Report on the lunatic asylums in Bengal - 1862-
Year: 1862
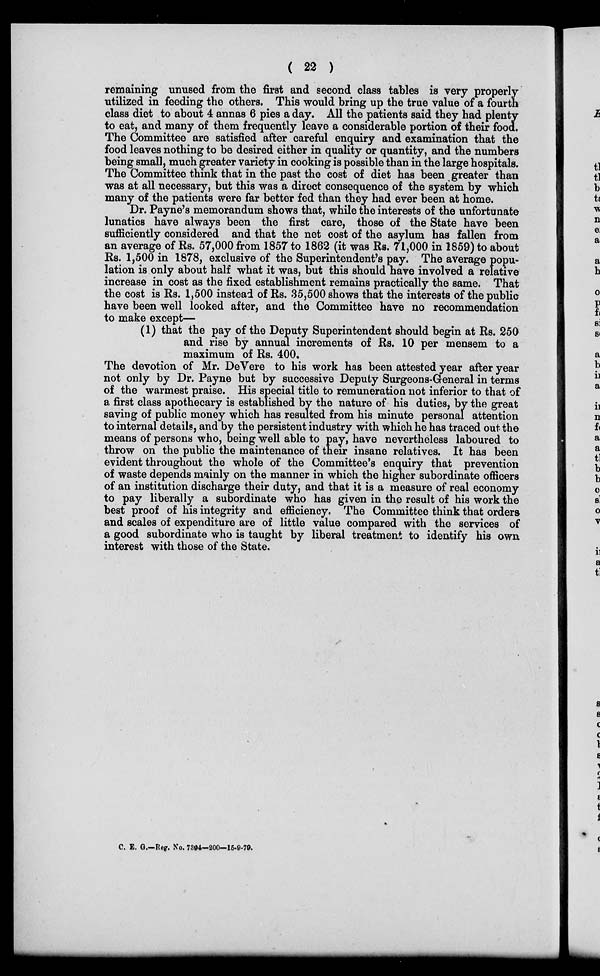
( 22 )
remaining unused from the first and second class tables is very properly
utilized in feeding the others. This would bring up the true value of a fourth
class diet to about 4 annas 6 pies a day. All the patients said they had plenty
to eat, and many of them frequently leave a considerable portion of their food.
The Committee are satisfied after careful enquiry and examination that the
food leaves nothing to be desired either in quality or quantity, and the numbers
being small, much greater variety in cooking is possible than in the large hospitals.
The Committee think that in the past the cost of diet has been greater than
was at all necessary, but this was a direct consequence of the system by which
many of the patients were far better fed than they had ever been at home.
Dr. Payne's memorandum shows that, while the interests of the unfortunate
lunatics have always been the first care, those of the State have been
sufficiently considered and that the net cost of the asylum has fallen from
an average of Rs. 57,000 from 1857 to 1862 (it was Rs. 71,000 in 1859) to about
Rs. 1,500 in 1878, exclusive of the Superintendent's pay. The average popu-
lation is only about half what it was, but this should have involved a relative
increase in cost as the fixed establishment remains practically the same. That
the cost is Rs. 1,500 instead of Rs. 35,500 shows that the interests of the public
have been well looked after, and the Committee have no recommendation
to make except—
(1) that the pay of the Deputy Superintendent should begin at Rs. 250
and rise by annual increments of Rs. 10 per mensem to a
maximum of Rs. 400.
The devotion of Mr. DeVere to his work has been attested year after year
not only by Dr. Payne but by successive Deputy Surgeons-Greneral in terms
of the warmest praise. His special title to remuneration not inferior to that of
a first class apothecary is established by the nature of his duties, by the great
saving of public money which has resulted from his minute personal attention
to internal details, and by the persistent industry with which he has traced out the
means of persons who, being well able to pay, have nevertheless laboured to
throw on the public the maintenance of their insane relatives. It has been
evident throughout the whole of the Committee's enquiry that prevention
of waste depends mainly on the manner in which the higher subordinate officers
of an institution discharge their duty, and that it is a measure of real economy
to pay liberally a subordinate who has given in the result of his work the
best proof of his integrity and efficiency. The Committee think that orders
and scales of expenditure are of little value compared with the services of
a good subordinate who is taught by liberal treatment to identify his own
interest with those of the State.
C. E. G.—Reg. No. 7394-200—15-9-79.